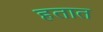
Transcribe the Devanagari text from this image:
हतात